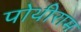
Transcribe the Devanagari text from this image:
पोथीराम